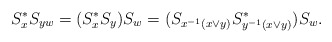
\begin{align*}S_x^*S_{yw}=(S_x^*S_{y})S_w=(S_{x^{-1}(x \vee y)}S_{y^{-1}(x \vee y)}^*)S_{w}.\end{align*}